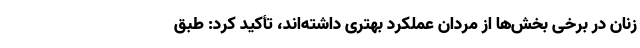
زنان در برخی بخش‌ها از مردان عملکرد بهتری داشته‌اند، تأکید کرد: طبق